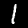
Label: 1